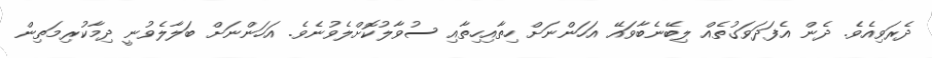
ދެރަވިއެވެ. ދެން އެފަދަވަގުތެއް ލިބޭނެބާވައޭ އަހަންނަށް ހިތާއިހިތާއި ސުވާލުކޮށްލެވުނެވެ. އަހަންނަށް ބަލާލެވުނީ ދިމާކުރިމަތިން